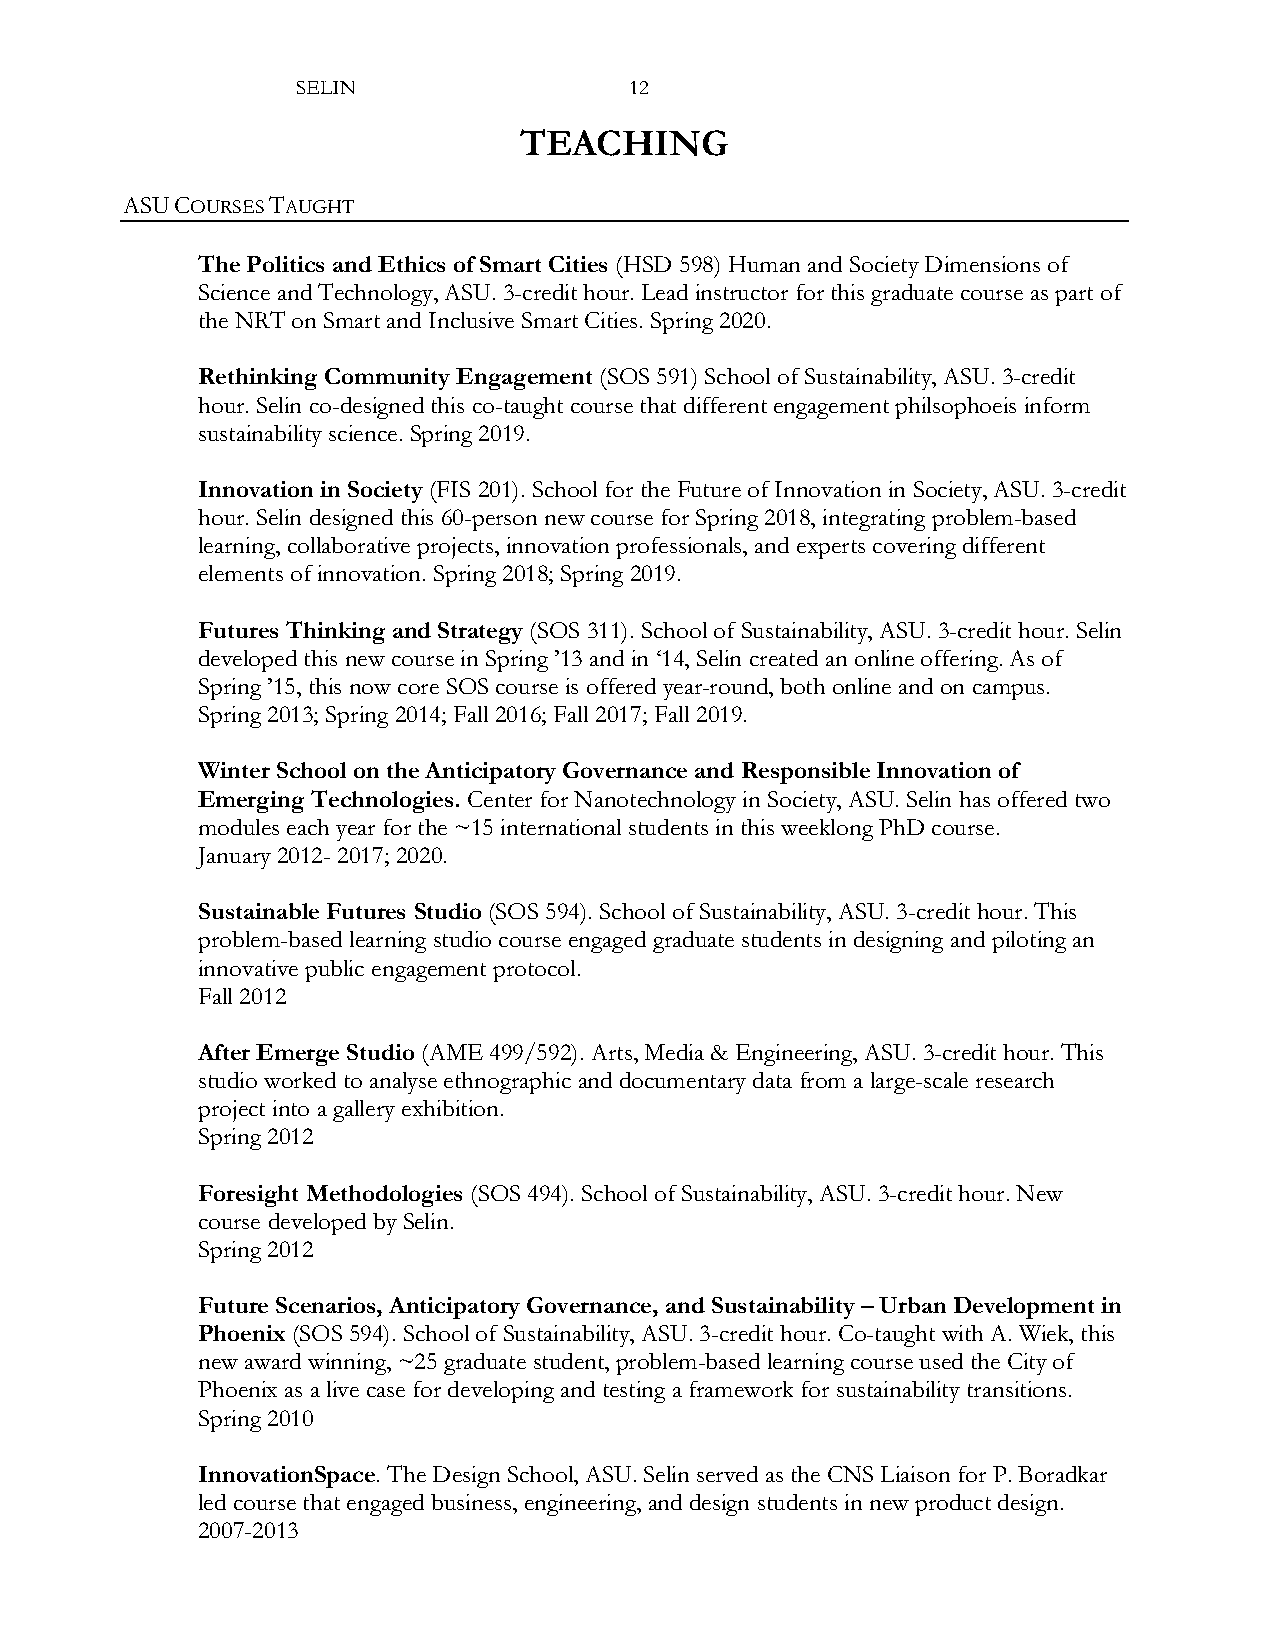
SELIN                 12
 TEACHING
 ASU COURSES TAUGHT
 The Politics and Ethics of Smart Cities (HSD 598) Human and Society Dimensions of
 Science and Technology, ASU. 3-credit hour. Lead instructor for this graduate course as part of
 the NRT on Smart and Inclusive Smart Cities. Spring 2020.
 Rethinking Community Engagement (SOS 591) School of Sustainability, ASU. 3-credit
 hour. Selin co-designed this co-taught course that different engagement philsophoeis inform
 sustainability science. Spring 2019.
 Innovation in Society (FIS 201). School for the Future of Innovation in Society, ASU. 3-credit
 hour. Selin designed this 60-person new course for Spring 2018, integrating problem-based
 learning, collaborative projects, innovation professionals, and experts covering different
 elements of innovation. Spring 2018; Spring 2019.
 Futures Thinking and Strategy (SOS 311). School of Sustainability, ASU. 3-credit hour. Selin
 developed this new course in Spring ’13 and in ‘14, Selin created an online offering. As of
 Spring ’15, this now core SOS course is offered year-round, both online and on campus.
 Spring 2013; Spring 2014; Fall 2016; Fall 2017; Fall 2019.
 Winter School on the Anticipatory Governance and Responsible Innovation of
 Emerging Technologies. Center for Nanotechnology in Society, ASU. Selin has offered two
 modules each year for the ~15 international students in this weeklong PhD course.
 January 2012- 2017; 2020.
 Sustainable Futures Studio (SOS 594). School of Sustainability, ASU. 3-credit hour. This
 problem-based learning studio course engaged graduate students in designing and piloting an
 innovative public engagement protocol.
 Fall 2012
 After Emerge Studio (AME 499/592). Arts, Media & Engineering, ASU. 3-credit hour. This
 studio worked to analyse ethnographic and documentary data from a large-scale research
 project into a gallery exhibition.
 Spring 2012
 Foresight Methodologies (SOS 494). School of Sustainability, ASU. 3-credit hour. New
 course developed by Selin.
 Spring 2012
 Future Scenarios, Anticipatory Governance, and Sustainability – Urban Development in
 Phoenix (SOS 594). School of Sustainability, ASU. 3-credit hour. Co-taught with A. Wiek, this
 new award winning, ~25 graduate student, problem-based learning course used the City of
 Phoenix as a live case for developing and testing a framework for sustainability transitions.
 Spring 2010
 InnovationSpace. The Design School, ASU. Selin served as the CNS Liaison for P. Boradkar
 led course that engaged business, engineering, and design students in new product design.
 2007-2013